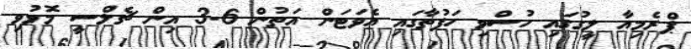
ޕްރެމިއާ ލީގުގައި ހުސްވި ހަފުތާގައި އެވަޓަން އަތުން 6-3 އިން ޗެލްސީ މޮޅުވި